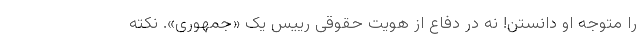
را متوجه او دانستن! نه در دفاع از هویت حقوقی رییس یک «جمهوری». نکته